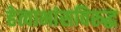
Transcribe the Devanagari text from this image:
हेत्वाभांसविरुद्ध